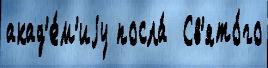
акад'е́м'иjу посла́  Св'ято́го